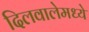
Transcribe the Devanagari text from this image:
दिलवालेमध्ये